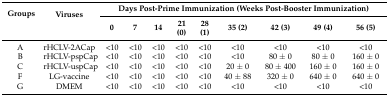
<table><thead><tr><td rowspan="2"><b>Groups</b></td><td rowspan="2"><b>Viruses</b></td><td colspan="9"><b>Days Post-Prime Immunization (Weeks Post-Booster Immunization)</b></td></tr><tr><td><b>0</b></td><td><b>7</b></td><td><b>14</b></td><td><b>21 (0)</b></td><td><b>28 (1)</b></td><td><b>35 (2)</b></td><td><b>42 (3)</b></td><td><b>49 (4)</b></td><td><b>56 (5)</b></td></tr></thead><tbody><tr><td>A</td><td>rHCLV-2ACap</td><td>&lt;10</td><td>&lt;10</td><td>&lt;10</td><td>&lt;10</td><td>&lt;10</td><td>&lt;10</td><td>&lt;10</td><td>&lt;10</td><td>&lt;10</td></tr><tr><td>B</td><td>rHCLV-pspCap</td><td>&lt;10</td><td>&lt;10</td><td>&lt;10</td><td>&lt;10</td><td>&lt;10</td><td>&lt;10</td><td>80 ± 0</td><td>80 ± 0</td><td>160 ± 0</td></tr><tr><td>C</td><td>rHCLV-uspCap</td><td>&lt;10</td><td>&lt;10</td><td>&lt;10</td><td>&lt;10</td><td>&lt;10</td><td>20 ± 0</td><td>80 ± 400</td><td>160 ± 0</td><td>160 ± 0</td></tr><tr><td>F</td><td>LG-vaccine</td><td>&lt;10</td><td>&lt;10</td><td>&lt;10</td><td>&lt;10</td><td>&lt;10</td><td>40 ± 88</td><td>320 ± 0</td><td>640 ± 0</td><td>640 ± 0</td></tr><tr><td>G</td><td>DMEM</td><td>&lt;10</td><td>&lt;10</td><td>&lt;10</td><td>&lt;10</td><td>&lt;10</td><td>&lt;10</td><td>&lt;10</td><td>&lt;10</td><td>&lt;10</td></tr></tbody></table>